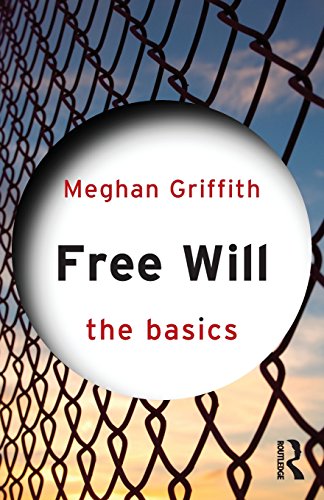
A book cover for Free Will: The Basics; Meghan Griffith; Politics & Social Sciences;